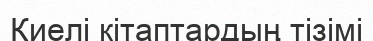
Киелі кітаптардың тізімі